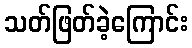
သတ်ဖြတ်ခဲ့ကြောင်း